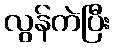
လွန်ကဲပြီး